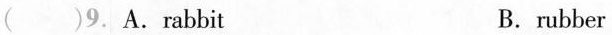
()9.A.rabbit B.rubber